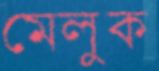
মেলুক